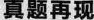
真题再现